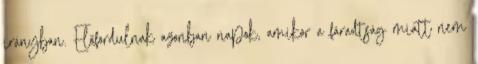
irányban. Előfordulnak azonban napok, amikor a fáradtság miatt nem